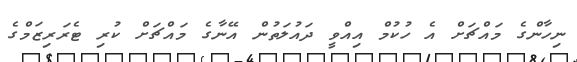
ނިހާންގެ މައްޗަށް އެ ހުކުމް އިއްވީ ދައުލަތުން އޭނާގެ މައްޗަށް ކުރި ޓެރަރިޒަމްގެ